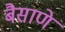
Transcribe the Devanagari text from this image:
बैसाणे